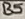
Text: B5